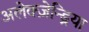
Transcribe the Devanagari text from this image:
अलेक्ज़ेन्ड्रिया